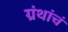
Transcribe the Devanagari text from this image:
ग्रंथांचं